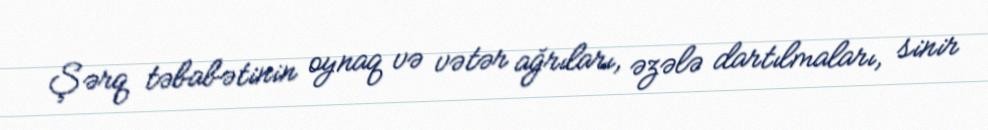
Şərq təbabətinin oynaq və vətər ağrıları, əzələ dartılmaları, sinir